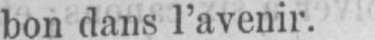
bon dans l’avenir.